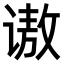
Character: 𫍵